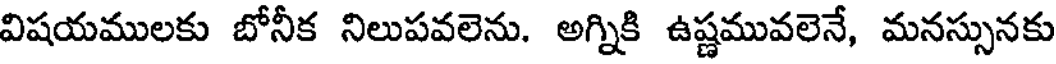
విషయములకు బోనీక నిలుపవలెను. అగ్నికి ఉష్ణమువలెనే, మనస్సునకు